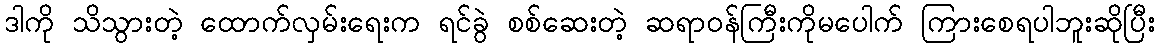
ဒါကို သိသွားတဲ့ ထောက်လှမ်းရေးက ရင်ခွဲ စစ်ဆေးတဲ့ ဆရာဝန်ကြီးကိုမပေါက် ကြားစေရပါဘူးဆိုပြီး